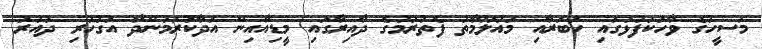
މަސީހުގެ ވާހަކަފުޅުގައި ހަބަރާއި މައުލޫމާތު ފެތުރުމުގެ ދާއިރާގައި މީޑިއާއިން އަދާކުރަމުންދާ އަގުހުރި ދައުރު